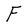
Character: F